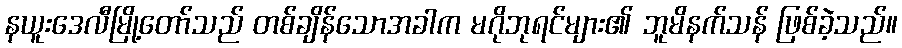
နယူးဒေလီမြို့တော်သည် တစ်ချိန်သောအခါက မဂိုဘုရင်များ၏ ဘူမိနက်သန် ဖြစ်ခဲ့သည်။